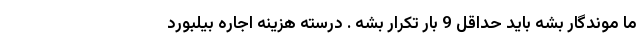
ما موندگار بشه باید حداقل 9 بار تکرار بشه . درسته هزینه اجاره بیلبورد